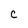
Character: C